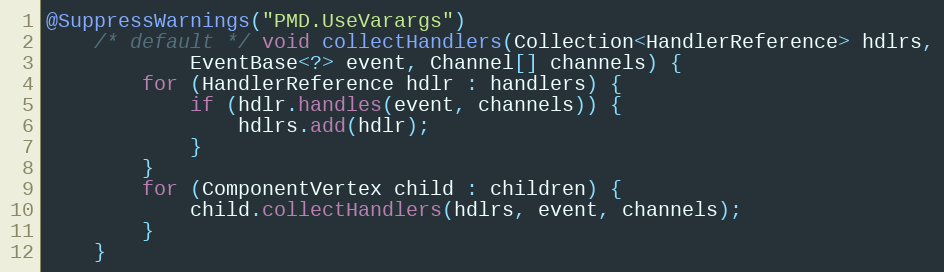
Language: Java
@SuppressWarnings("PMD.UseVarargs")
    /* default */ void collectHandlers(Collection<HandlerReference> hdlrs,
            EventBase<?> event, Channel[] channels) {
        for (HandlerReference hdlr : handlers) {
            if (hdlr.handles(event, channels)) {
                hdlrs.add(hdlr);
            }
        }
        for (ComponentVertex child : children) {
            child.collectHandlers(hdlrs, event, channels);
        }
    }